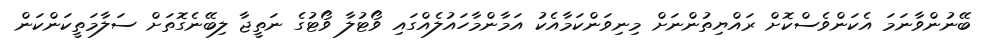
ބޭނުންވާނަމަ އެކަންވެސްކޮށް ރައްޔިތުންނަށް މިނިވަންކަމާއެކު އަމާންމާހައުލެއްގައި ވޯޓުލާ ވޯޓުގެ ނަތީޖާ ލިބޭނެގޮތަށް ސަލާމަތީކަންކަން